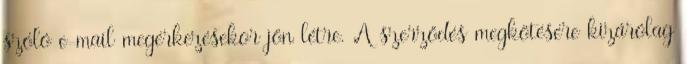
szóló e-mail megérkezésekor jön létre. A szerződés megkötésére kizárólag